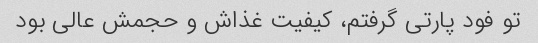
تو فود پارتی گرفتم، کیفیت غذاش و حجمش عالی بود